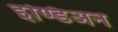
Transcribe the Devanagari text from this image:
इण्डिअन